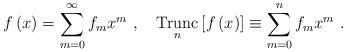
LaTeX: \begin{align*}f\left( x\right) =\sum_{m=0}^{\infty}f_{m}x^{m}\ ,\ \ \ \operatorname*{Trunc}_{n}\left[ f\left( x\right) \right]\equiv\sum_{m=0}^{n}f_{m}x^{m}\ .\end{align*}